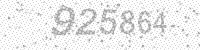
Solution: 925864